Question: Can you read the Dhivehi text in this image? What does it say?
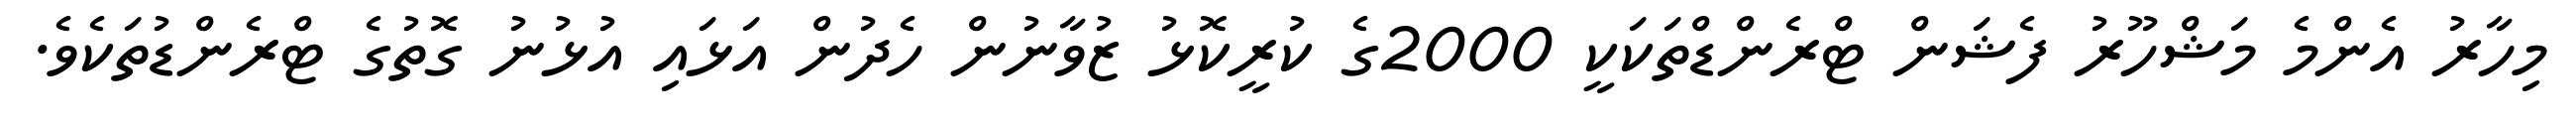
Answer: މިހާރު އެންމެ މަޝްހޫރު ފެޝަން ޓްރެންޑްތަކަކީ 2000ގެ ކުރީކޮޅު ޒުވާނުން ހެދުން އަޅައި އުޅުނު ގޮތުގެ ޓްރެންޑުތަކެވެ.